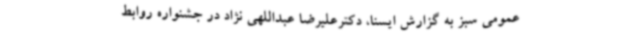
عمومی سبز به گزارش ایسنا، دکترعلیرضا عبداللهی نژاد در جشنواره روابط